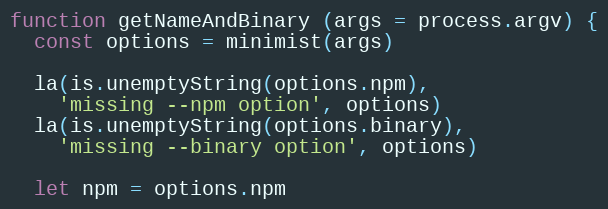
Language: JavaScript
function getNameAndBinary (args = process.argv) {
  const options = minimist(args)

  la(is.unemptyString(options.npm),
    'missing --npm option', options)
  la(is.unemptyString(options.binary),
    'missing --binary option', options)

  let npm = options.npm